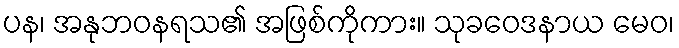
ပန၊ အနုဘဝနရသ၏ အဖြစ်ကိုကား။ သုခဝေဒနာယ မေဝ၊